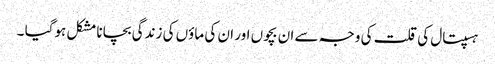
ہسپتال کی قلت کی وجہ سے ان بچوں اور ان کی ماؤں کی زندگی بچانا مشکل ہوگیا ۔